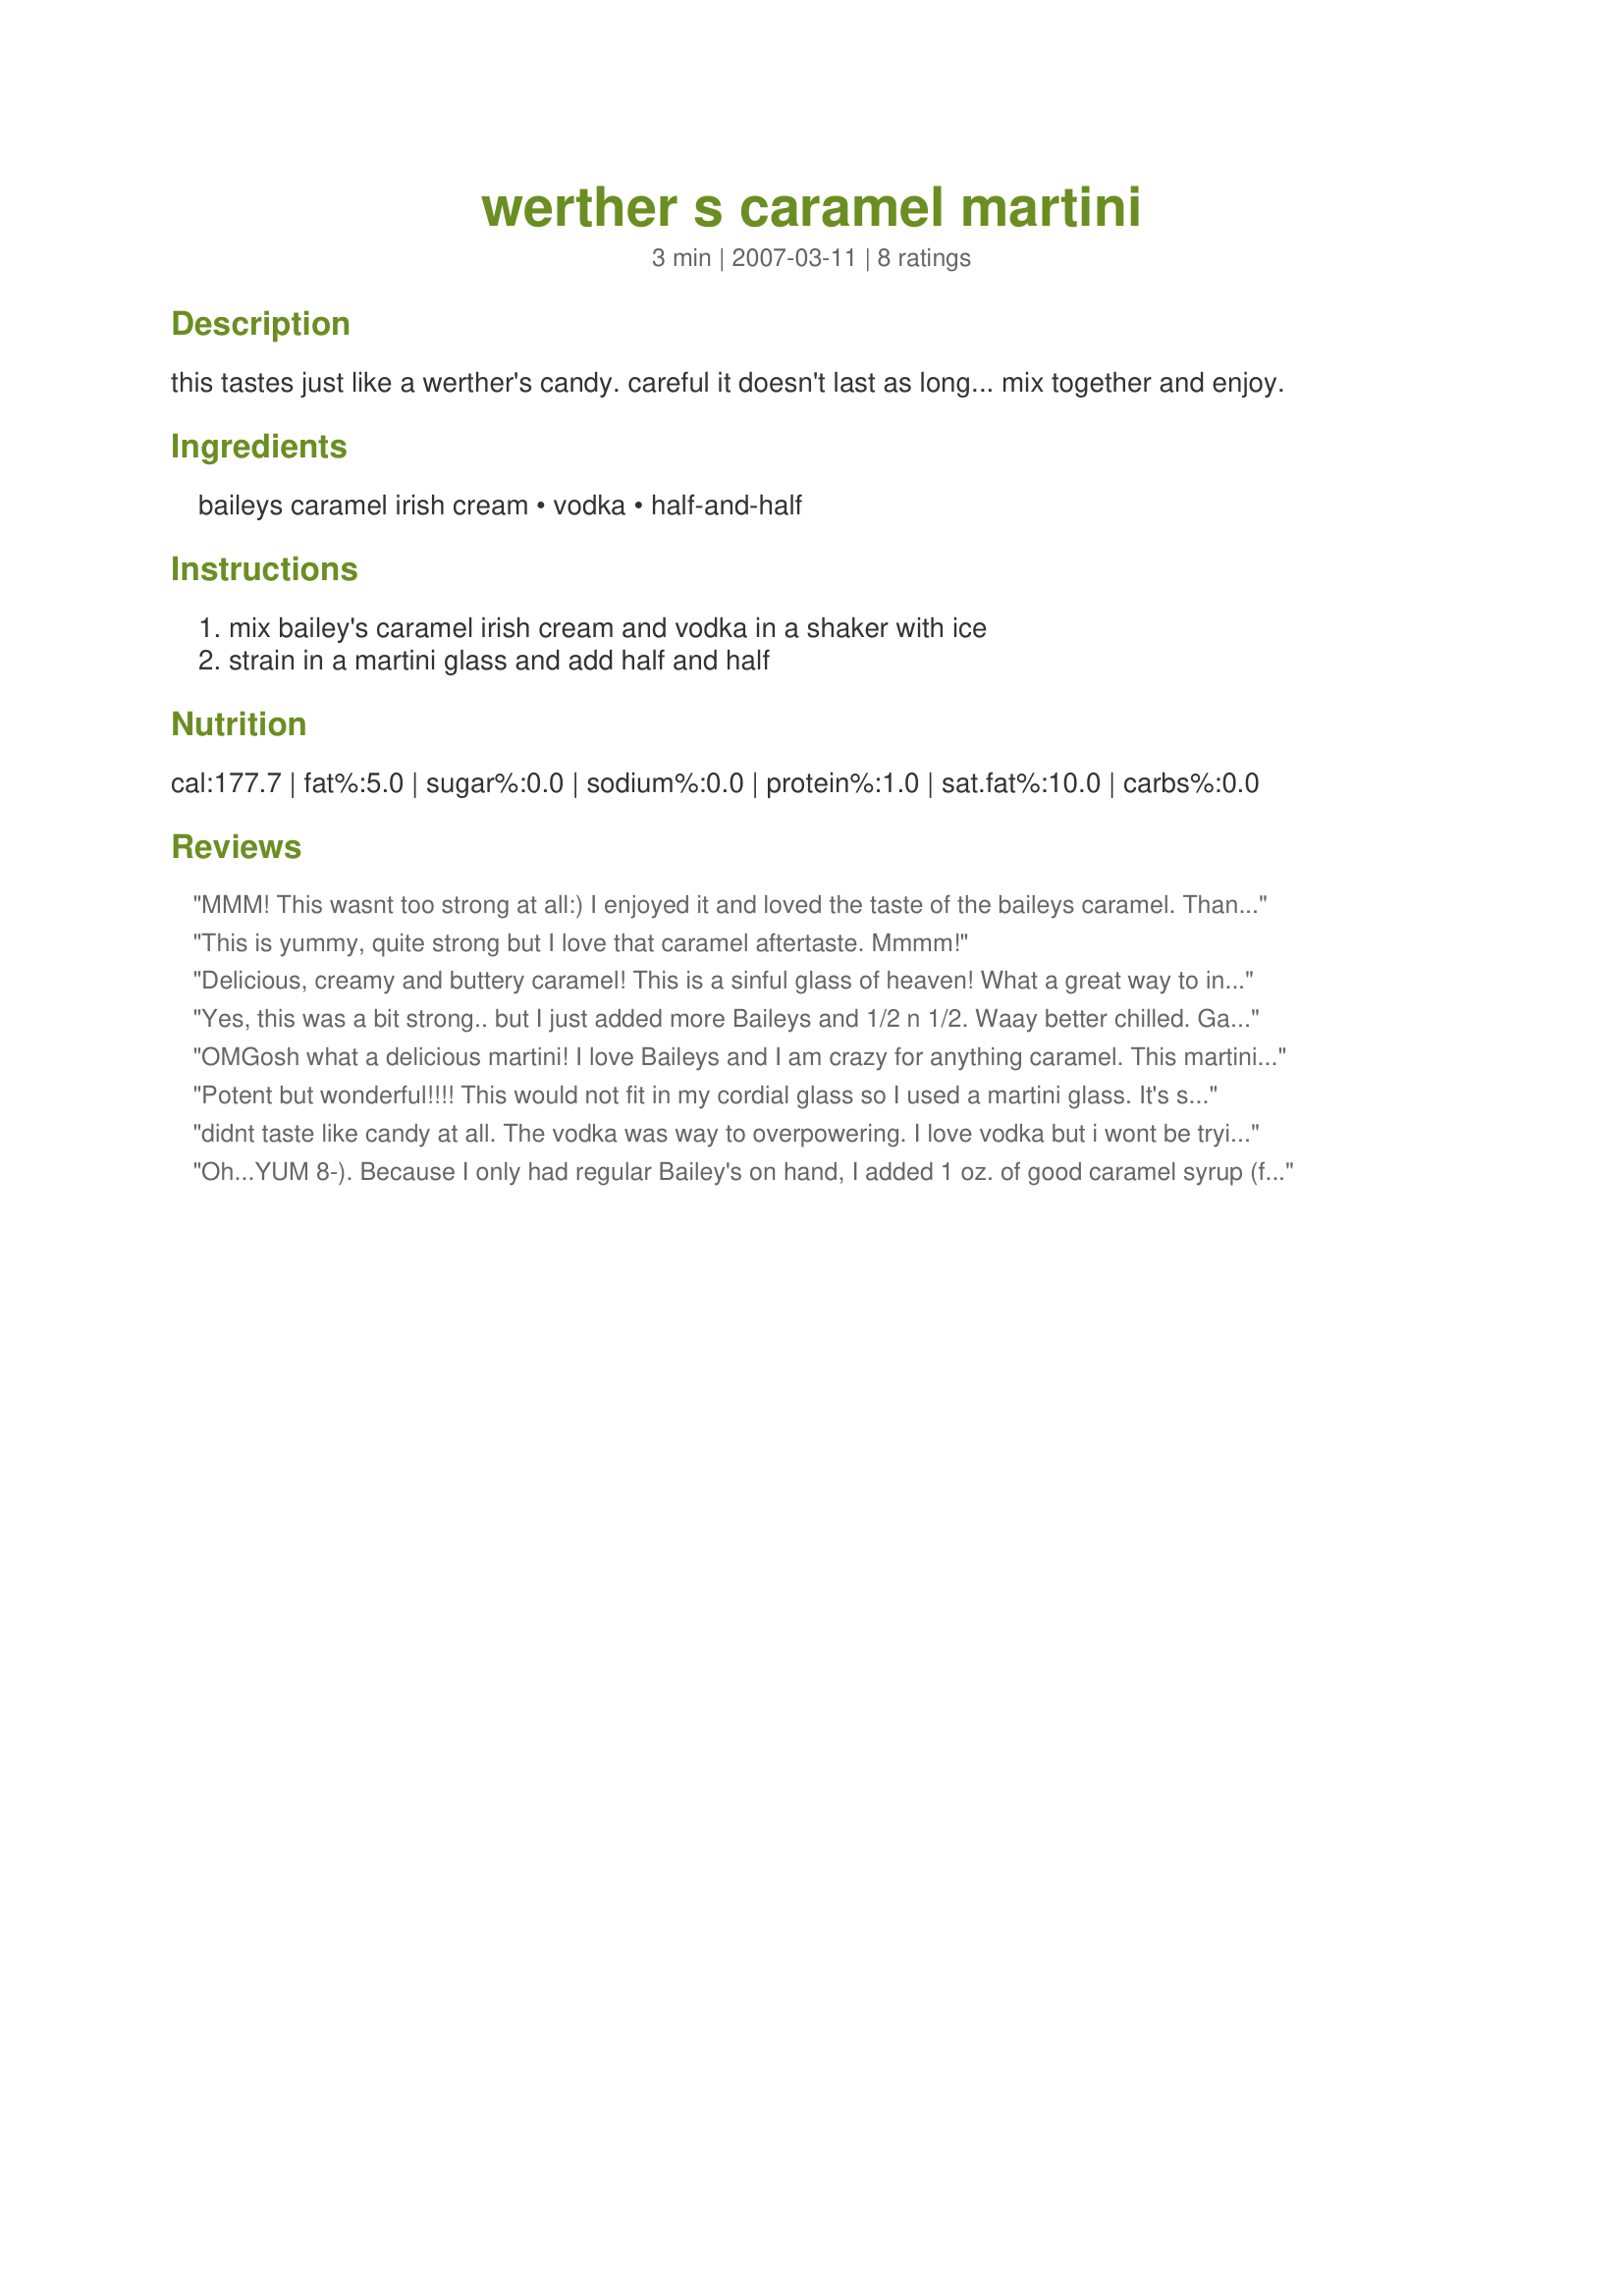
werther s caramel martini
Preparation time: 3 minutes

this tastes just like a werther's candy. careful it doesn't last as long... mix together and enjoy.

Ingredients:
baileys caramel irish cream, vodka, half-and-half

Steps:
mix bailey's caramel irish cream and vodka in a shaker with ice, strain in a martini glass and add half and half

Reviews:
MMM! This wasnt too strong at all:) I enjoyed it and loved the taste of the baileys caramel. Thanks V!
This is yummy, quite strong but I love that caramel aftertaste. Mmmm!
Delicious, creamy and buttery caramel! This is a sinful glass of heaven! What a great way to indulge and end a hard day! Thanks for a KEEPER of a recipe - I will buy the Bailey's Caramel again JUST for THIS recipe!!!
Yes, this was a bit strong.. but I just added more Baileys and 1/2 n 1/2. Waay better chilled. Gave it 4 stars since I had to play with the amounts. Otherwise not too bad :)
OMGosh what a delicious martini! I love Baileys and I am crazy for anything caramel. This martini is perfect. You're right, they don't last as long as the candy. I guess one could always have two! :)Thanks for sharing V.
Potent but wonderful!!!! This would not fit in my cordial glass so I used a martini glass. It's so good it didn't stay in the glass very long ;) Thanks Chef V for another winning recipe!
didnt taste like candy at all. The vodka was way to overpowering. I love vodka but i wont be trying this cocktail again.
Oh...YUM 8-). Because I only had regular Bailey's on hand, I added 1 oz. of good caramel syrup (from bottles for flavoring coffees, etc.). Serves 2 (or one if you're tougher than I am 8-). THANKS so much - what a treat!
